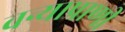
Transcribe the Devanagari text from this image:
वन्याप्राणी